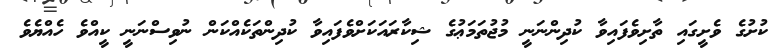
ކުށުގެ ވެށީގައި ތާށިވެފައިވާ ކުދިންނަނީ މުޖުތަމަޢުގެ ޝިކާރައަކަށްވެފައިވާ ކުދިންތަކެއްކަން ނުވިސްނަނީ ކީއްވެ ހެއްޔެވެ